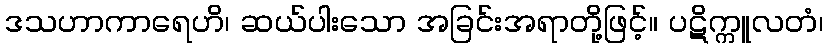
ဒသဟာကာရေဟိ၊ ဆယ်ပါးသော အခြင်းအရာတို့ဖြင့်။ ပဋိက္ကူလတံ၊